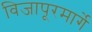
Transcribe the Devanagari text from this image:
विजापूरमार्गे